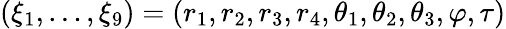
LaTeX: (\xi_{1},\ldots,\xi_{9})=(r_{1},r_{2},r_{3},r_{4},\theta_{1},\theta_{2},\theta_{3},\varphi,\tau)